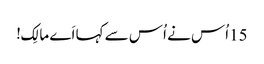
15اُس نے اُس سے کہا اَے مالِک!